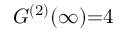
G ^ { ( 2 ) } ( \infty ) { = } 4